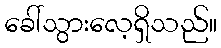
ခေါ်သွားလေ့ရှိသည်။